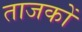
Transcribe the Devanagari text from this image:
ताजकों